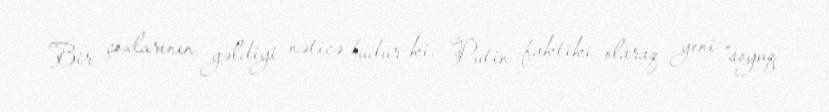
Bir çoxlarının gəldiyi nəticə budur ki, Putin faktiki olaraq yeni “soyuq